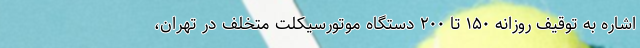
اشاره به توقیف روزانه ۱۵۰ تا ۲۰۰ دستگاه موتورسیکلت متخلف در تهران،